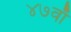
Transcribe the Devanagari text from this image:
४७वाँ